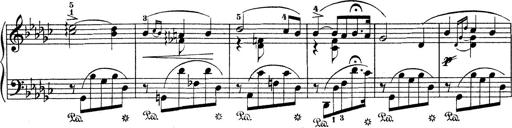
Title: 6 Polish Songs
Composer: Franz Liszt